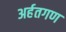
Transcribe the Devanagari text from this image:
अर्हतगण